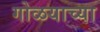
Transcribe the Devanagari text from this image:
गोळयाच्या